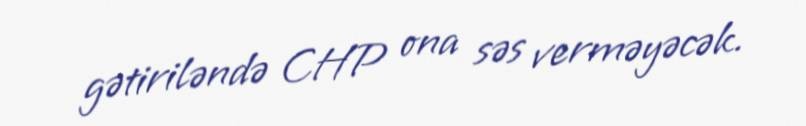
gətiriləndə CHP ona səs verməyəcək.